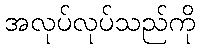
အလုပ်လုပ်သည်ကို